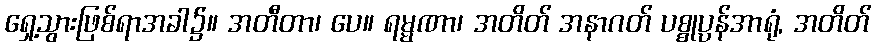
ရှေ့သွားဖြစ်ရာအခါ၌။ အတီတာ၊ ပေ။ ရမ္မဏာ၊ အတိတ် အနာဂတ် ပစ္စုပ္ပန်အာရုံ, အတိတ်